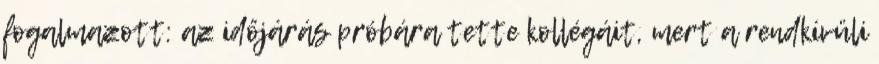
fogalmazott: az időjárás próbára tette kollégáit, mert a rendkívüli